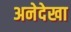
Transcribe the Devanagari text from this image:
अनेदेखा